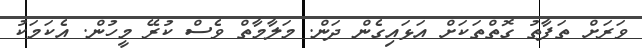
ވަރަށް ތަފާތު ގޮތްތަކަށް އަޅައިގެން ދަން. މަލާމާތް ވެސް ކުރޭ މީހުން. އެކަމަކު